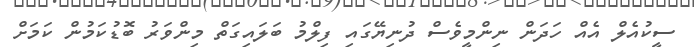
ސީކުއެލް އެއް ހަދަން ނިންމީވެސް ދުނިޔޭގައި ފިލްމު ބަލައިގަތް މިންވަރު ބޮޑުކަމުން ކަމަށް